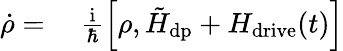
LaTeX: \begin{array}{rl}{\dot{\rho}=}&{{}\; \frac{\mathrm{i}}{\hbar}\left[\rho,\tilde{H}_{\mathrm{dp}}+H_{\mathrm{drive}}(t)\right]}\end{array}